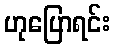
ဟုပြောရင်း